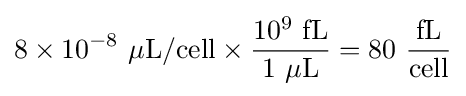
8\times 10^{-8}\ \mathrm {\mu L/cell} \times {\frac {10^{9}\ \mathrm {fL} }{1\ \mathrm {\mu L} }}=80\ {\frac {\mathrm {fL} }{\mathrm {cell} }}